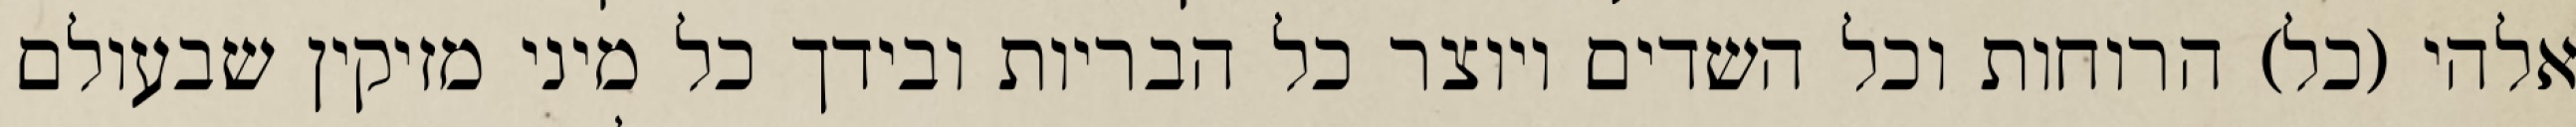
אלהי (כל) הרוחות וכל השדים ויוצר כל הבריות ובידך כל מיני מזיקין שבעולם